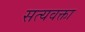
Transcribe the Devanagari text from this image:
सत्यवक्ता